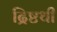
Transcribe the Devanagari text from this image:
द्रिष्टथी